Second report of the anti-malarial operations at Mian Mir, 1901-1903 - Number 9
Year: 1901
Disease focus: Malaria
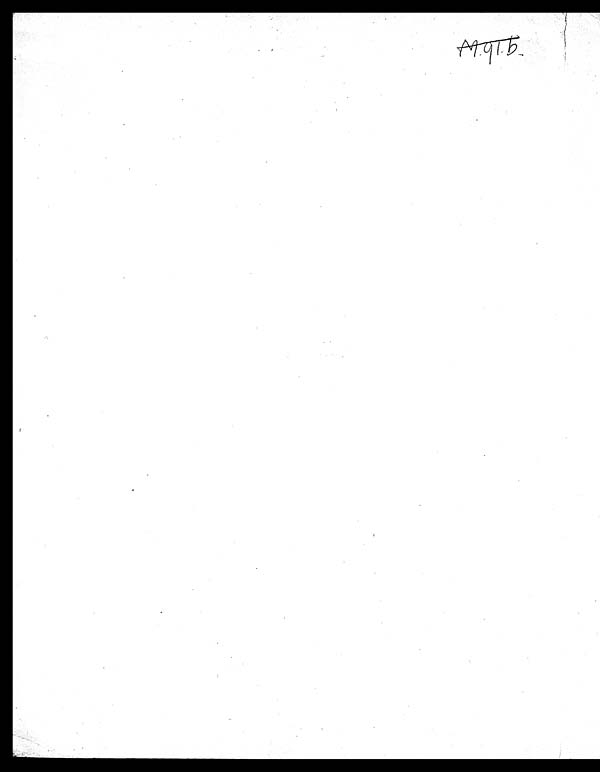
M.91.b.